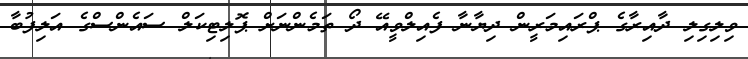
ވިލިގިލި ދާއިރާގެ ޕްރައިމަރީން ދިޔާނާ ފެއިލްވީއޭ ދޯ ތަމެންނަށް ޕޮލިޓިކަލް ސައެންސްގެ އަލިފުބާ